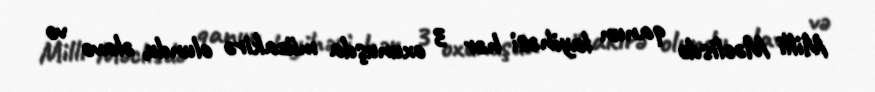
Milli Məclisdə qanun layihəsi hər 3 oxunuşda müzakirə olundu, əlavə və